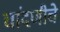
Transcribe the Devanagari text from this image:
चांदणीचे